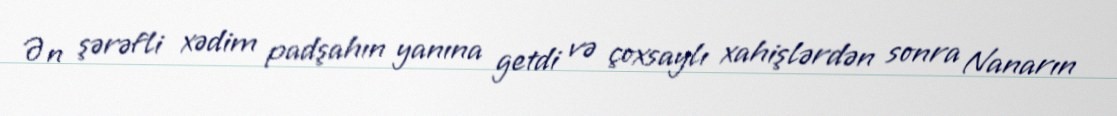
Ən şərəfli xədim padşahın yanına getdi və çoxsaylı xahişlərdən sonra Nanarın